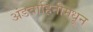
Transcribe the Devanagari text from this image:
अंडवाहिनीमधून